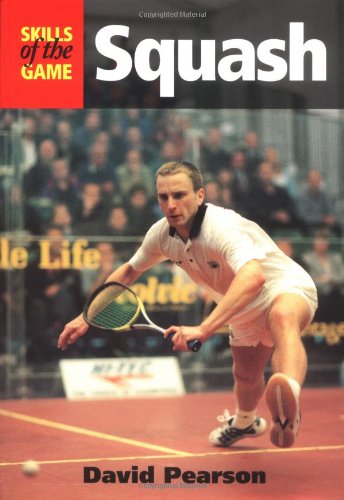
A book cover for Squash: Skills of the Game; David Pearson; Sports & Outdoors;